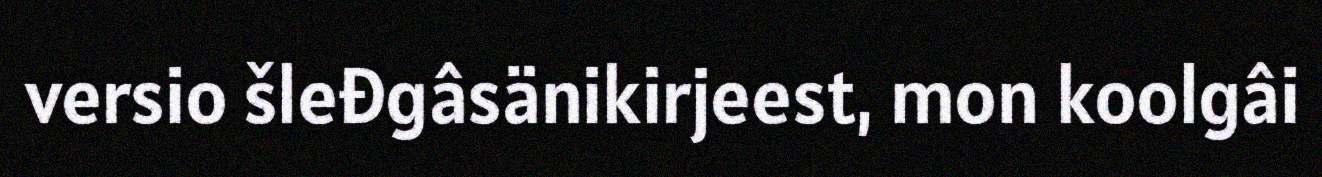
versio šleđgâsänikirjeest, mon koolgâi